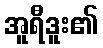
အူရီဒူး၏